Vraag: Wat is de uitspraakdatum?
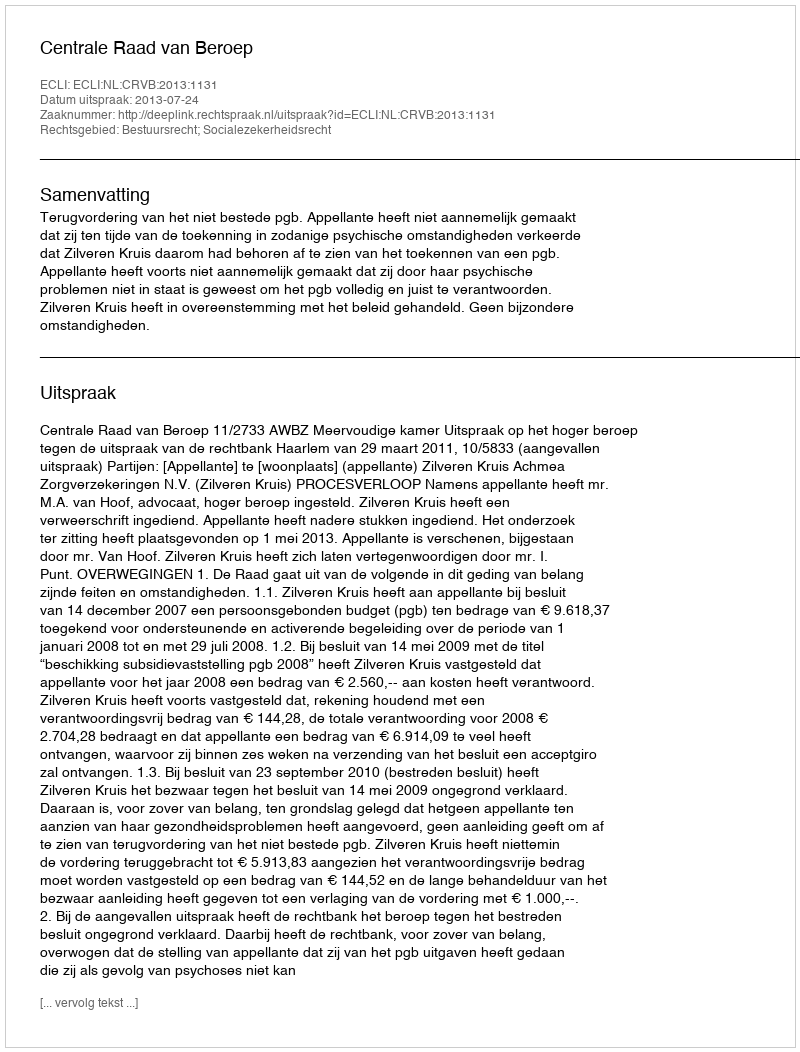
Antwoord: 2013-07-24